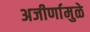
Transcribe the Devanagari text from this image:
अजीर्णामुळे